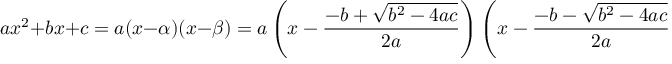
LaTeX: a x ^ { 2 } + b x + c = a ( x - \alpha ) ( x - \beta ) = a \left( x - { \frac { - b + { \sqrt { b ^ { 2 } - 4 a c } } } { 2 a } } \right) \left( x - { \frac { - b - { \sqrt { b ^ { 2 } - 4 a c } } } { 2 a } } \right) ,